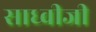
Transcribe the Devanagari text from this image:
साध्वीजी